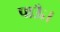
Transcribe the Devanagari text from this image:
पाऊँ।